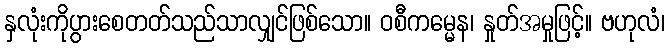
နှလုံးကိုပွားစေတတ်သည်သာလျှင်ဖြစ်သော။ ဝစီကမ္မေန၊ နှုတ်အမှုဖြင့်။ ဗဟုလံ၊